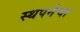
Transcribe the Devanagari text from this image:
स्थपनेचा